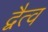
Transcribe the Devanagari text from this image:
द्वैत्व